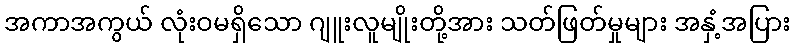
အကာအကွယ် လုံးဝမရှိသော ဂျူးလူမျိုးတို့အား သတ်ဖြတ်မှုများ အနှံ့အပြား